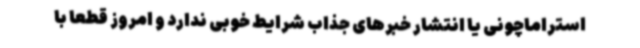
استراماچونی یا انتشار خبرهای جذاب شرایط خوبی ندارد و امروز قطعا با